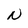
Character: N